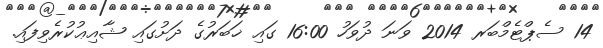
14 ސެޕްޓެމްބަރ 2014 ވަނަ ދުވަހު 16:00 ގައި ޚަބަރުގެ ދަށުގައި ޝާއިޢުކުރެވިފައި.